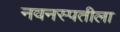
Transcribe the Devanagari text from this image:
नवनस्पतीला